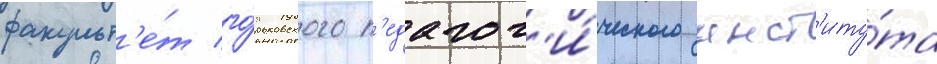
факульт'е́т го́рьковского п'едагог'и́ческого инст'иту́та